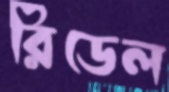
রিডেল